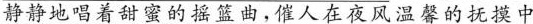
静静地唱着甜蜜的摇篮曲，催人在夜风温馨的抚摸中